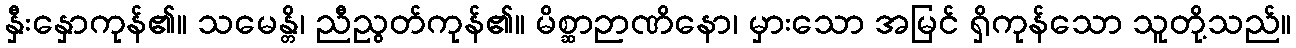
နှီးနှောကုန်၏။ သမေန္တိ၊ ညီညွတ်ကုန်၏။ မိစ္ဆာဉာဏိနော၊ မှားသော အမြင် ရှိကုန်သော သူတို့သည်။